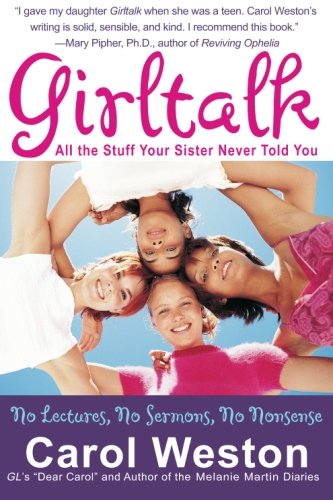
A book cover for Girltalk Fourth Edition: All the Stuff Your Sister Never Told You; Carol Weston; Teen & Young Adult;